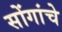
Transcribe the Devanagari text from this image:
सोंगांचे